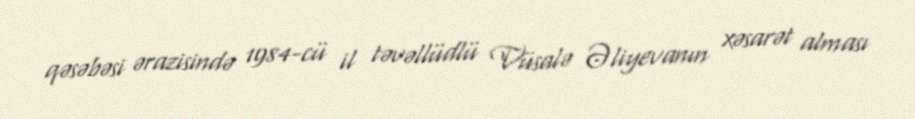
qəsəbəsi ərazisində 1984-cü il təvəllüdlü Vüsalə Əliyevanın xəsarət alması